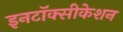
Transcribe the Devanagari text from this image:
इनटॉक्सीकेशन